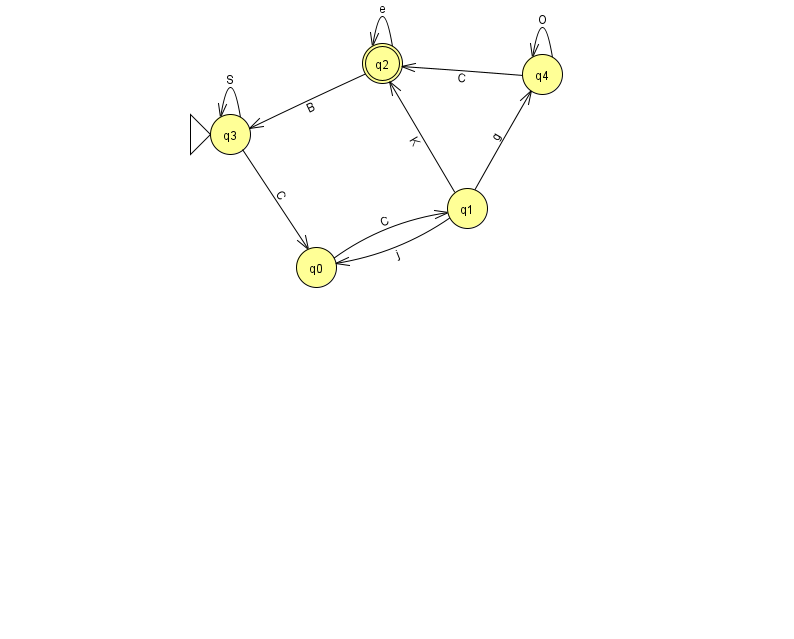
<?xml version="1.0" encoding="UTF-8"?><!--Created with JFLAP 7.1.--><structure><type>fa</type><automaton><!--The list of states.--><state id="0" name="q0"><x>316.0</x><y>254.0</y></state><state id="1" name="q1"><x>467.0</x><y>195.0</y></state><state id="2" name="q2"><x>382.0</x><y>50.0</y><final/></state><state id="3" name="q3"><x>230.0</x><y>121.0</y><initial/></state><state id="4" name="q4"><x>542.0</x><y>61.0</y></state><!--The list of transitions.--><transition><from>3</from><to>0</to><read>C</read></transition><transition><from>3</from><to>3</to><read>S</read></transition><transition><from>0</from><to>1</to><read>C</read></transition><transition><from>2</from><to>2</to><read>e</read></transition><transition><from>2</from><to>3</to><read>B</read></transition><transition><from>1</from><to>2</to><read>K</read></transition><transition><from>1</from><to>4</to><read>g</read></transition><transition><from>1</from><to>0</to><read>j</read></transition><transition><from>4</from><to>2</to><read>C</read></transition><transition><from>4</from><to>4</to><read>O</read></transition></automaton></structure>